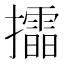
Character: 𢸲